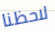
لاحظنا